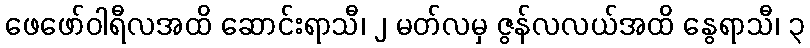
ဖေဖော်ဝါရီလအထိ ဆောင်းရာသီ၊ ၂ မတ်လမှ ဇွန်လလယ်အထိ နွေရာသီ၊ ၃